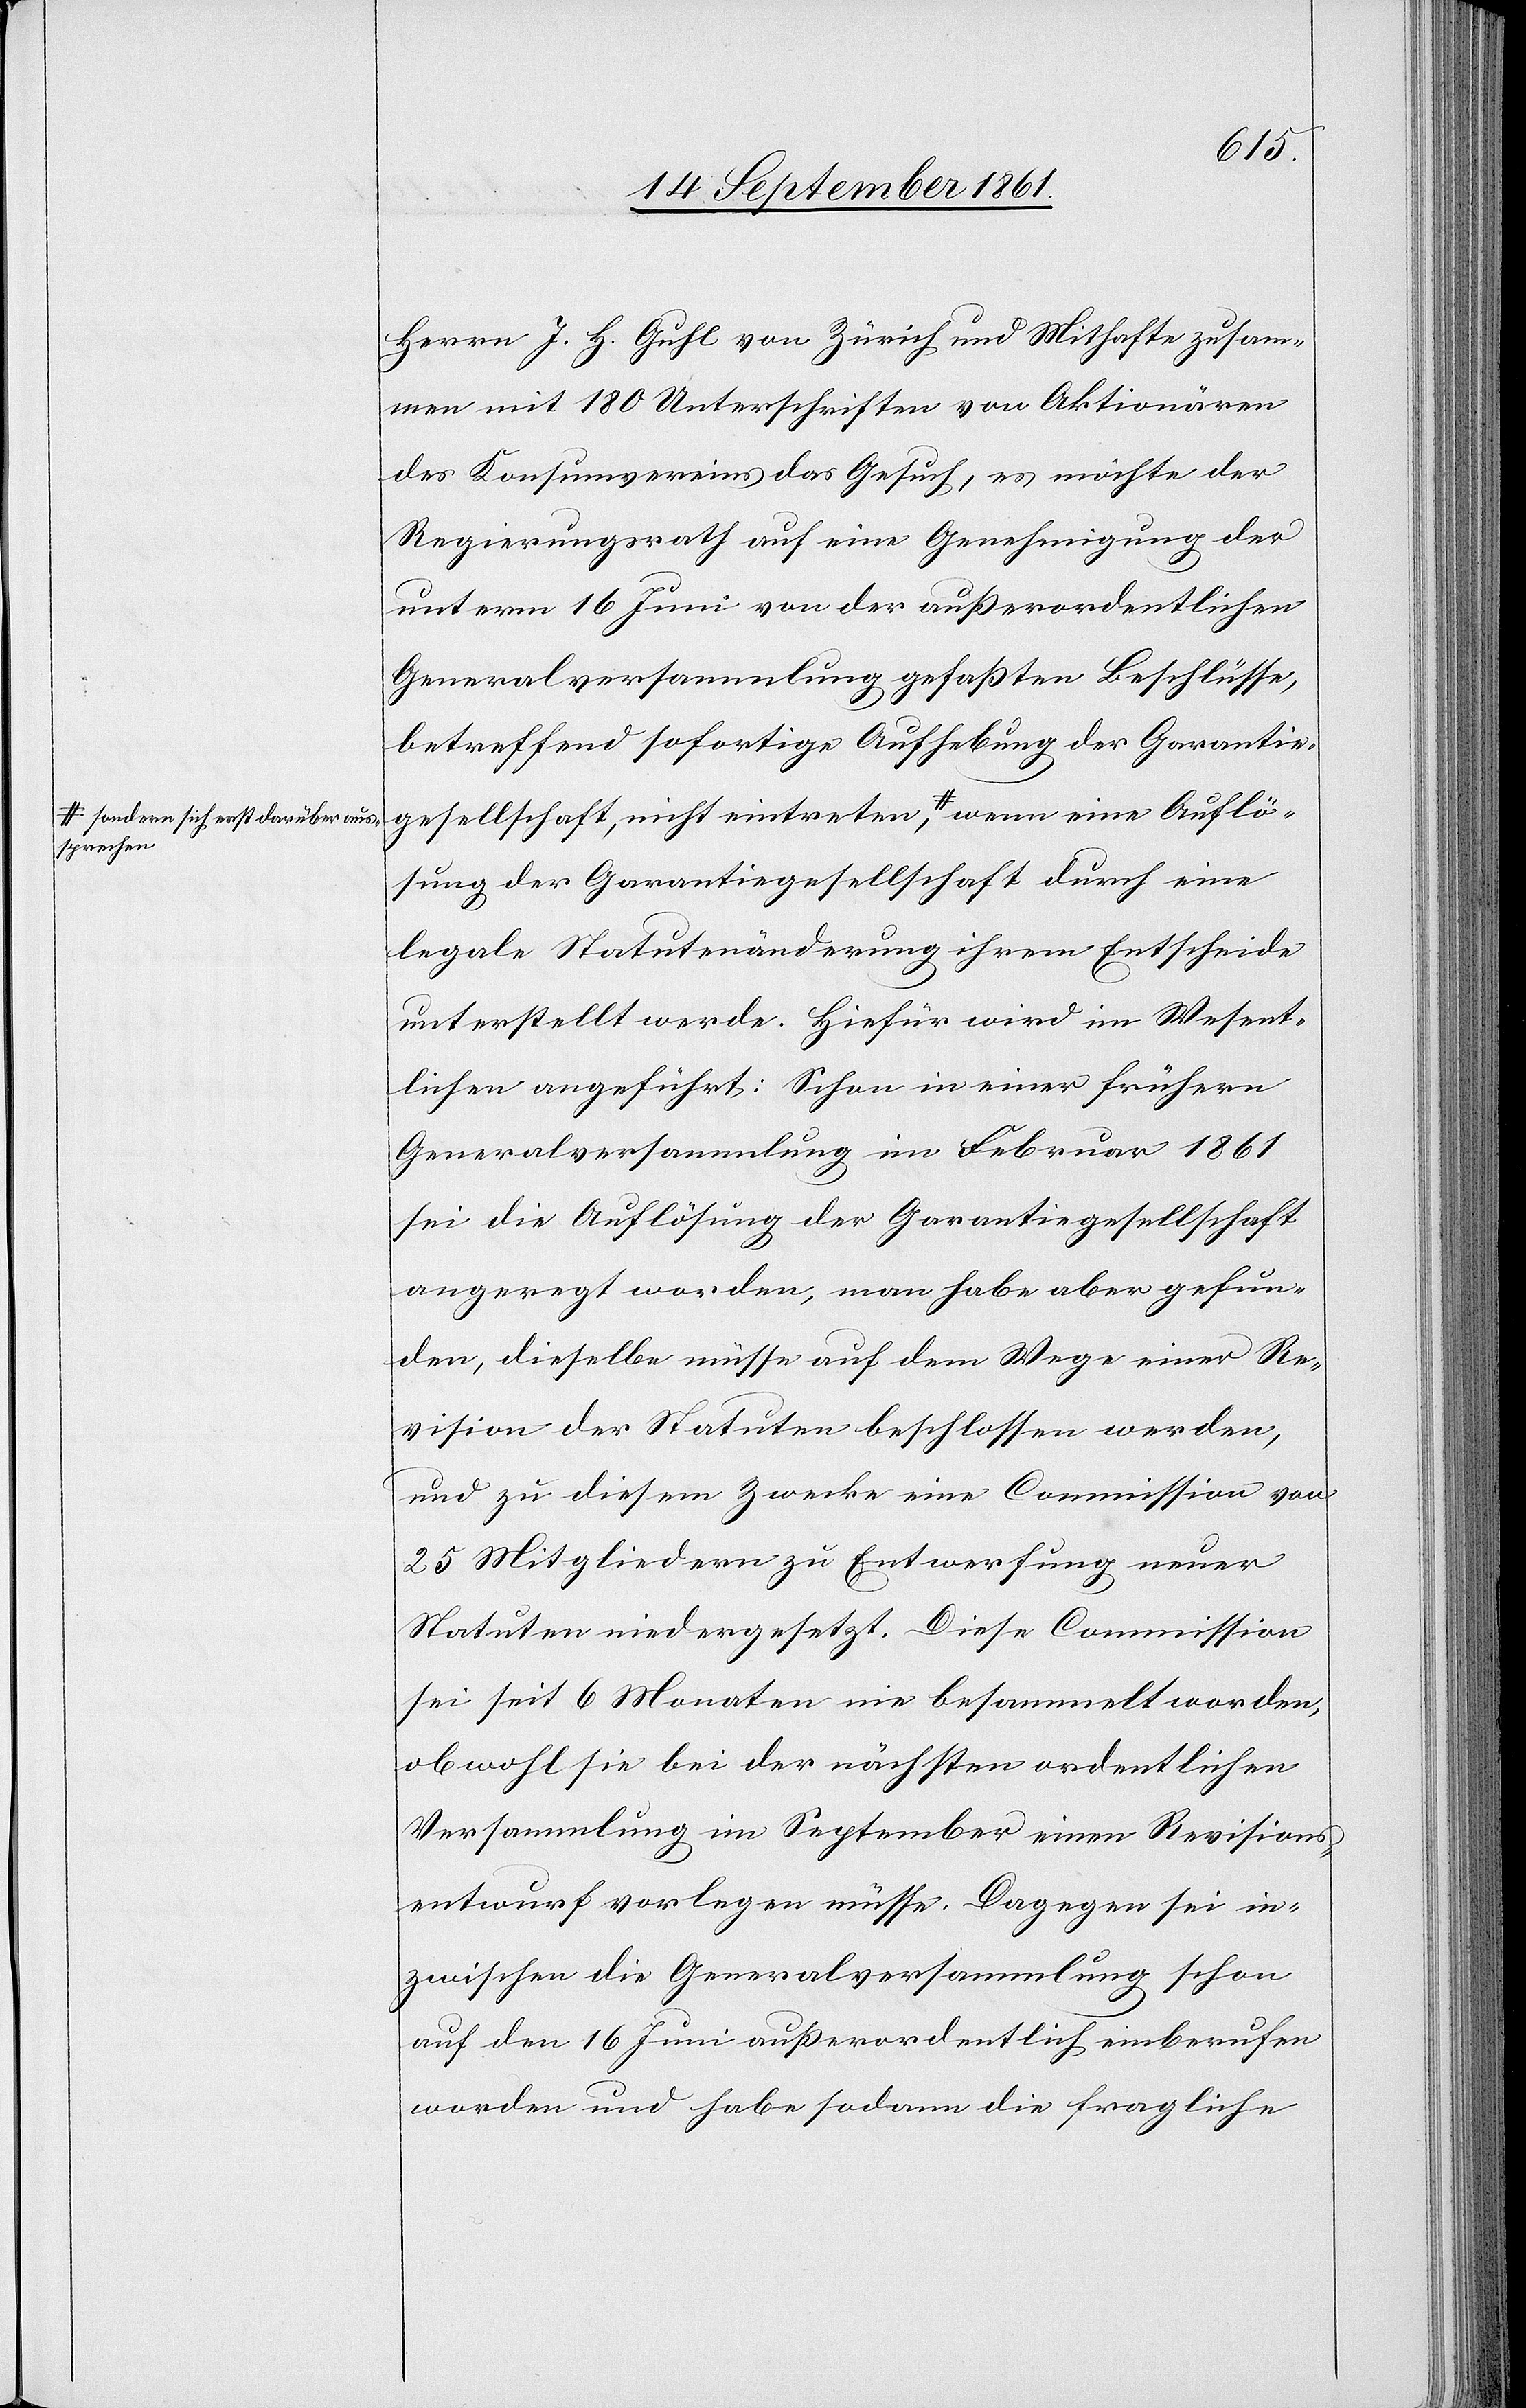
sprechen-a

Auflö¬
Herrn J. H. Guhl von Zürich und Mithafte zusam¬
men mit 180 Zuschriften von Aktionären
des Konsumvereins das Gesuch, es möchte der
Regierungsrath auf eine Genehmigung der
unterm 16 Juni von der außerordentlichen
Generalversammlung gefaßten Beschlüsse,
betreffend sofortige Aufhebung der Garantie¬
gesellschaft, nicht eintreten a-sondern sich darübe¬
sung der Garantiegesellschaft durch eine
legale Statutenänderung ihrem Entscheide
unterstellt werde. Hiefür wird im Wesent¬
lichen angeführt: Schon in einer frühern
Generalversammlung im Februar 1861
sei die Auflösung der Garantiegesellschaft
angeregt worden, man habe aber gefun¬
den, dieselbe müsse auf dem Wege einer Re¬
vision der Statuten beschlossen werden,
und zu diesem Zwecke eine Commission von
25 Mitgliedern zu Entwerfung neuer
Statuten niedergesetzt. Diese Commission
sei seit 6 Monaten nie besammelt worden,
obwohl sie bei der nächsten ordentlichen
Versammlung im September einen Revisions¬
entwurf vorlegen müsse. Dagegen sei in¬
zwischen die Generalversammlung schon
auf den 16 Juni außerordentlich einberufen
worden und habe sodann die fragliche